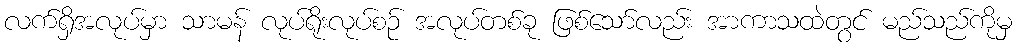
လက်ရှိအလုပ်မှာ သာမန် လုပ်ရိုးလုပ်စဉ် အလုပ်တစ်ခု ဖြစ်သော်လည်း အာကာသထဲတွင် မည်သည်ကိုမှ